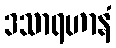
ဒသာရဟာနံ